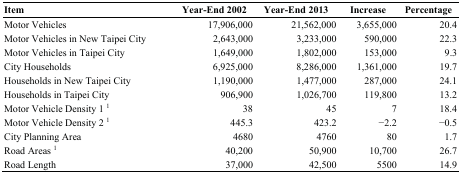
<table><thead><tr><td><b>Item</b></td><td><b>Year-End 2002</b></td><td><b>Year-End 2013</b></td><td><b>Increase</b></td><td><b>Percentage</b></td></tr></thead><tbody><tr><td>Motor Vehicles</td><td>17,906,000</td><td>21,562,000</td><td>3,655,000</td><td>20.4</td></tr><tr><td>Motor Vehicles in New Taipei City</td><td>2,643,000</td><td>3,233,000</td><td>590,000</td><td>22.3</td></tr><tr><td>Motor Vehicles in Taipei City</td><td>1,649,000</td><td>1,802,000</td><td>153,000</td><td>9.3</td></tr><tr><td>City Households</td><td>6,925,000</td><td>8,286,000</td><td>1,361,000</td><td>19.7</td></tr><tr><td>Households in New Taipei City</td><td>1,190,000</td><td>1,477,000</td><td>287,000</td><td>24.1</td></tr><tr><td>Households in Taipei City</td><td>906,900</td><td>1,026,700</td><td>119,800</td><td>13.2</td></tr><tr><td>Motor Vehicle Density 1 <sup>1</sup></td><td>38</td><td>45</td><td>7</td><td>18.4</td></tr><tr><td>Motor Vehicle Density 2 <sup>1</sup></td><td>445.3</td><td>423.2</td><td>−2.2</td><td>−0.5</td></tr><tr><td>City Planning Area</td><td>4680</td><td>4760</td><td>80</td><td>1.7</td></tr><tr><td>Road Areas <sup>1</sup></td><td>40,200</td><td>50,900</td><td>10,700</td><td>26.7</td></tr><tr><td>Road Length</td><td>37,000</td><td>42,500</td><td>5500</td><td>14.9</td></tr></tbody></table>